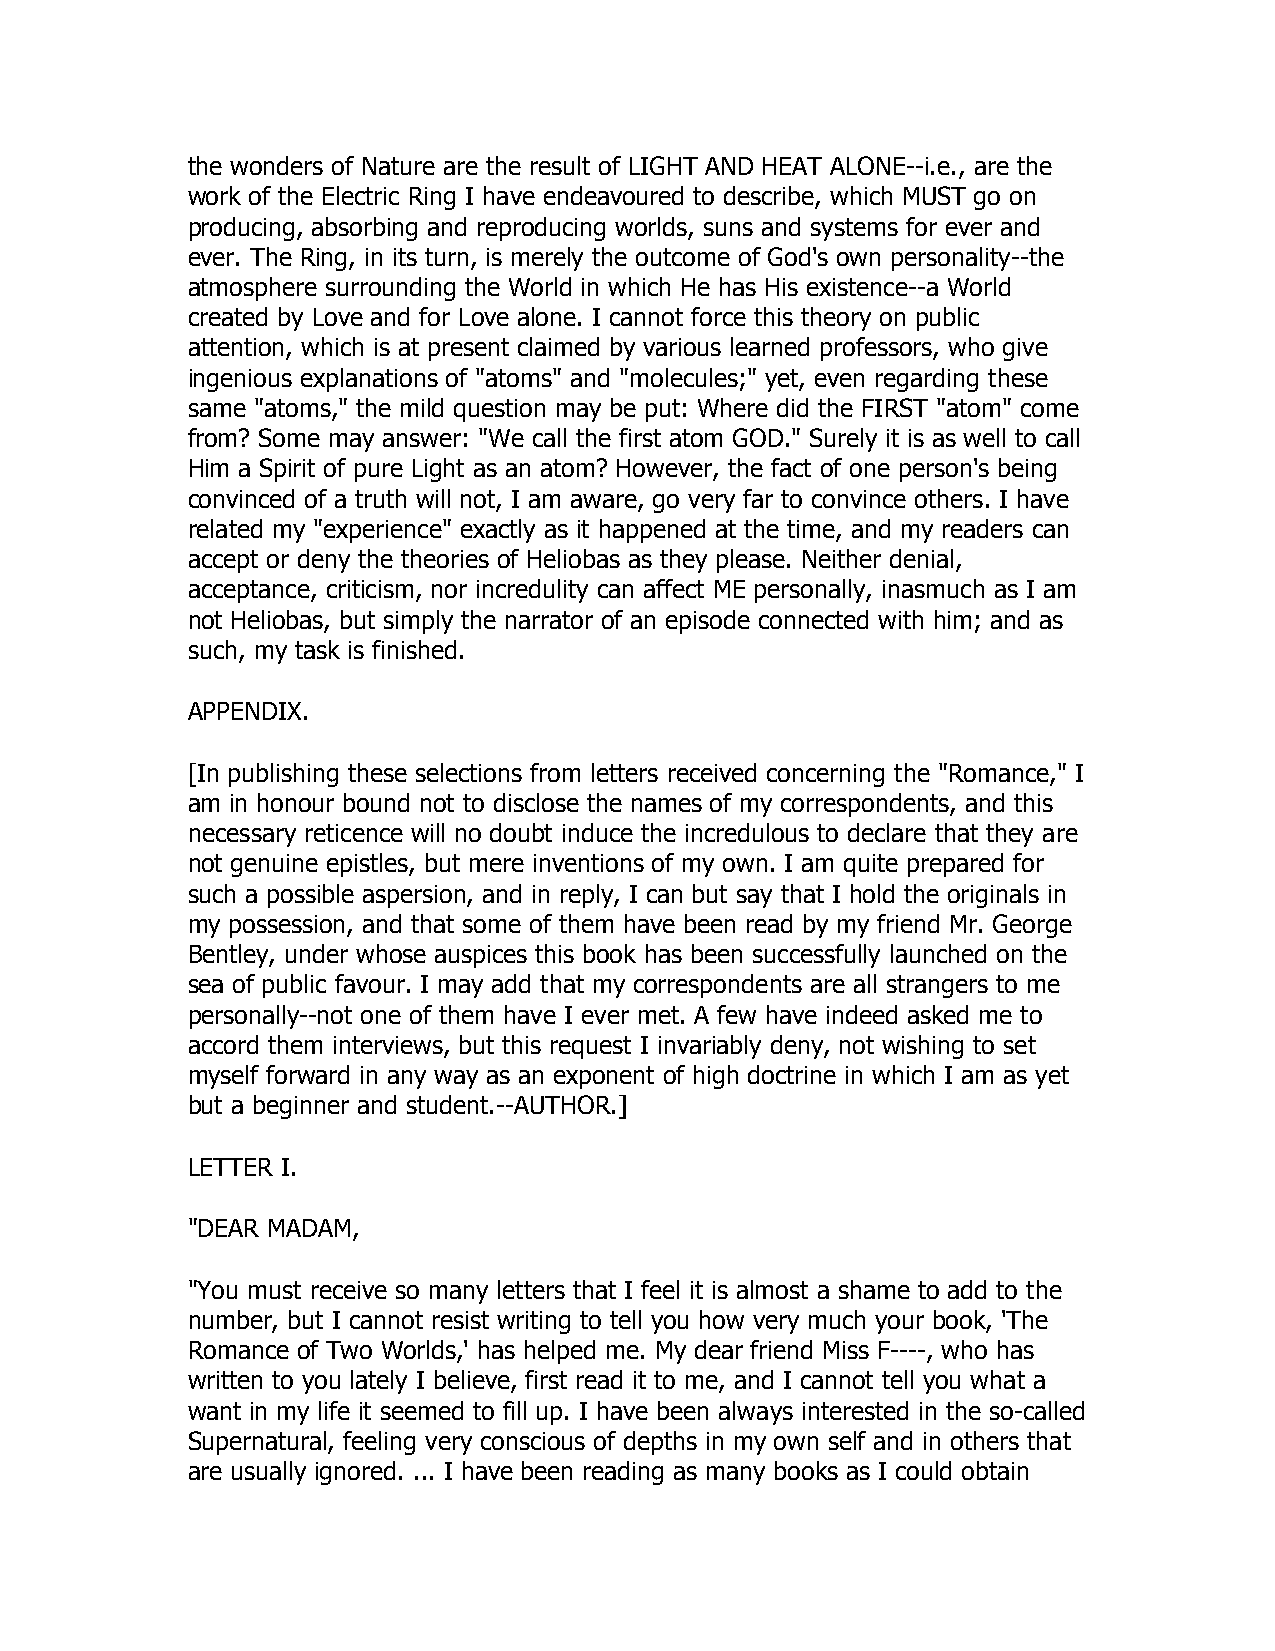
the wonders of Nature are the result of LIGHT AND HEAT ALONE--i.e., are the
 work of the Electric Ring I have endeavoured to describe, which MUST go on
 producing, absorbing and reproducing worlds, suns and systems for ever and
 ever. The Ring, in its turn, is merely the outcome of God's own personality--the
 atmosphere surrounding the World in which He has His existence--a World
 created by Love and for Love alone. I cannot force this theory on public
 attention, which is at present claimed by various learned professors, who give
 ingenious explanations of "atoms" and "molecules;" yet, even regarding these
 same "atoms," the mild question may be put: Where did the FIRST "atom" come
 from? Some may answer: "We call the first atom GOD." Surely it is as well to call
 Him a Spirit of pure Light as an atom? However, the fact of one person's being
 convinced of a truth will not, I am aware, go very far to convince others. I have
 related my "experience" exactly as it happened at the time, and my readers can
 accept or deny the theories of Heliobas as they please. Neither denial,
 acceptance, criticism, nor incredulity can affect ME personally, inasmuch as I am
 not Heliobas, but simply the narrator of an episode connected with him; and as
 such, my task is finished.
 APPENDIX.
 [In publishing these selections from letters received concerning the "Romance," I
 am in honour bound not to disclose the names of my correspondents, and this
 necessary reticence will no doubt induce the incredulous to declare that they are
 not genuine epistles, but mere inventions of my own. I am quite prepared for
 such a possible aspersion, and in reply, I can but say that I hold the originals in
 my possession, and that some of them have been read by my friend Mr. George
 Bentley, under whose auspices this book has been successfully launched on the
 sea of public favour. I may add that my correspondents are all strangers to me
 personally--not one of them have I ever met. A few have indeed asked me to
 accord them interviews, but this request I invariably deny, not wishing to set
 myself forward in any way as an exponent of high doctrine in which I am as yet
 but a beginner and student.--AUTHOR.]
 LETTER I.
 "DEAR MADAM,
 "You must receive so many letters that I feel it is almost a shame to add to the
 number, but I cannot resist writing to tell you how very much your book, 'The
 Romance of Two Worlds,' has helped me. My dear friend Miss F----, who has
 written to you lately I believe, first read it to me, and I cannot tell you what a
 want in my life it seemed to fill up. I have been always interested in the so-called
 Supernatural, feeling very conscious of depths in my own self and in others that
 are usually ignored. ... I have been reading as many books as I could obtain